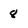
Character: 8